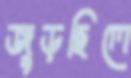
জুড়ছিলে